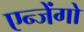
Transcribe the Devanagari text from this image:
एन्जेंगो